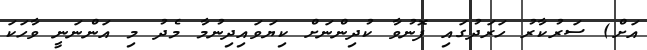
އަށް) ސަރުކާރު ހަރަދުގައި ފޮނުވާ ކުދިންނަށް ކިޔަވައިދިނުމާ މެދު މި އަންނަނީ ވާހަކަ